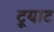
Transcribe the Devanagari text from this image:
टूयाट